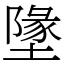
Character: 墬